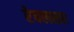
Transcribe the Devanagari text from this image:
रेवलसर